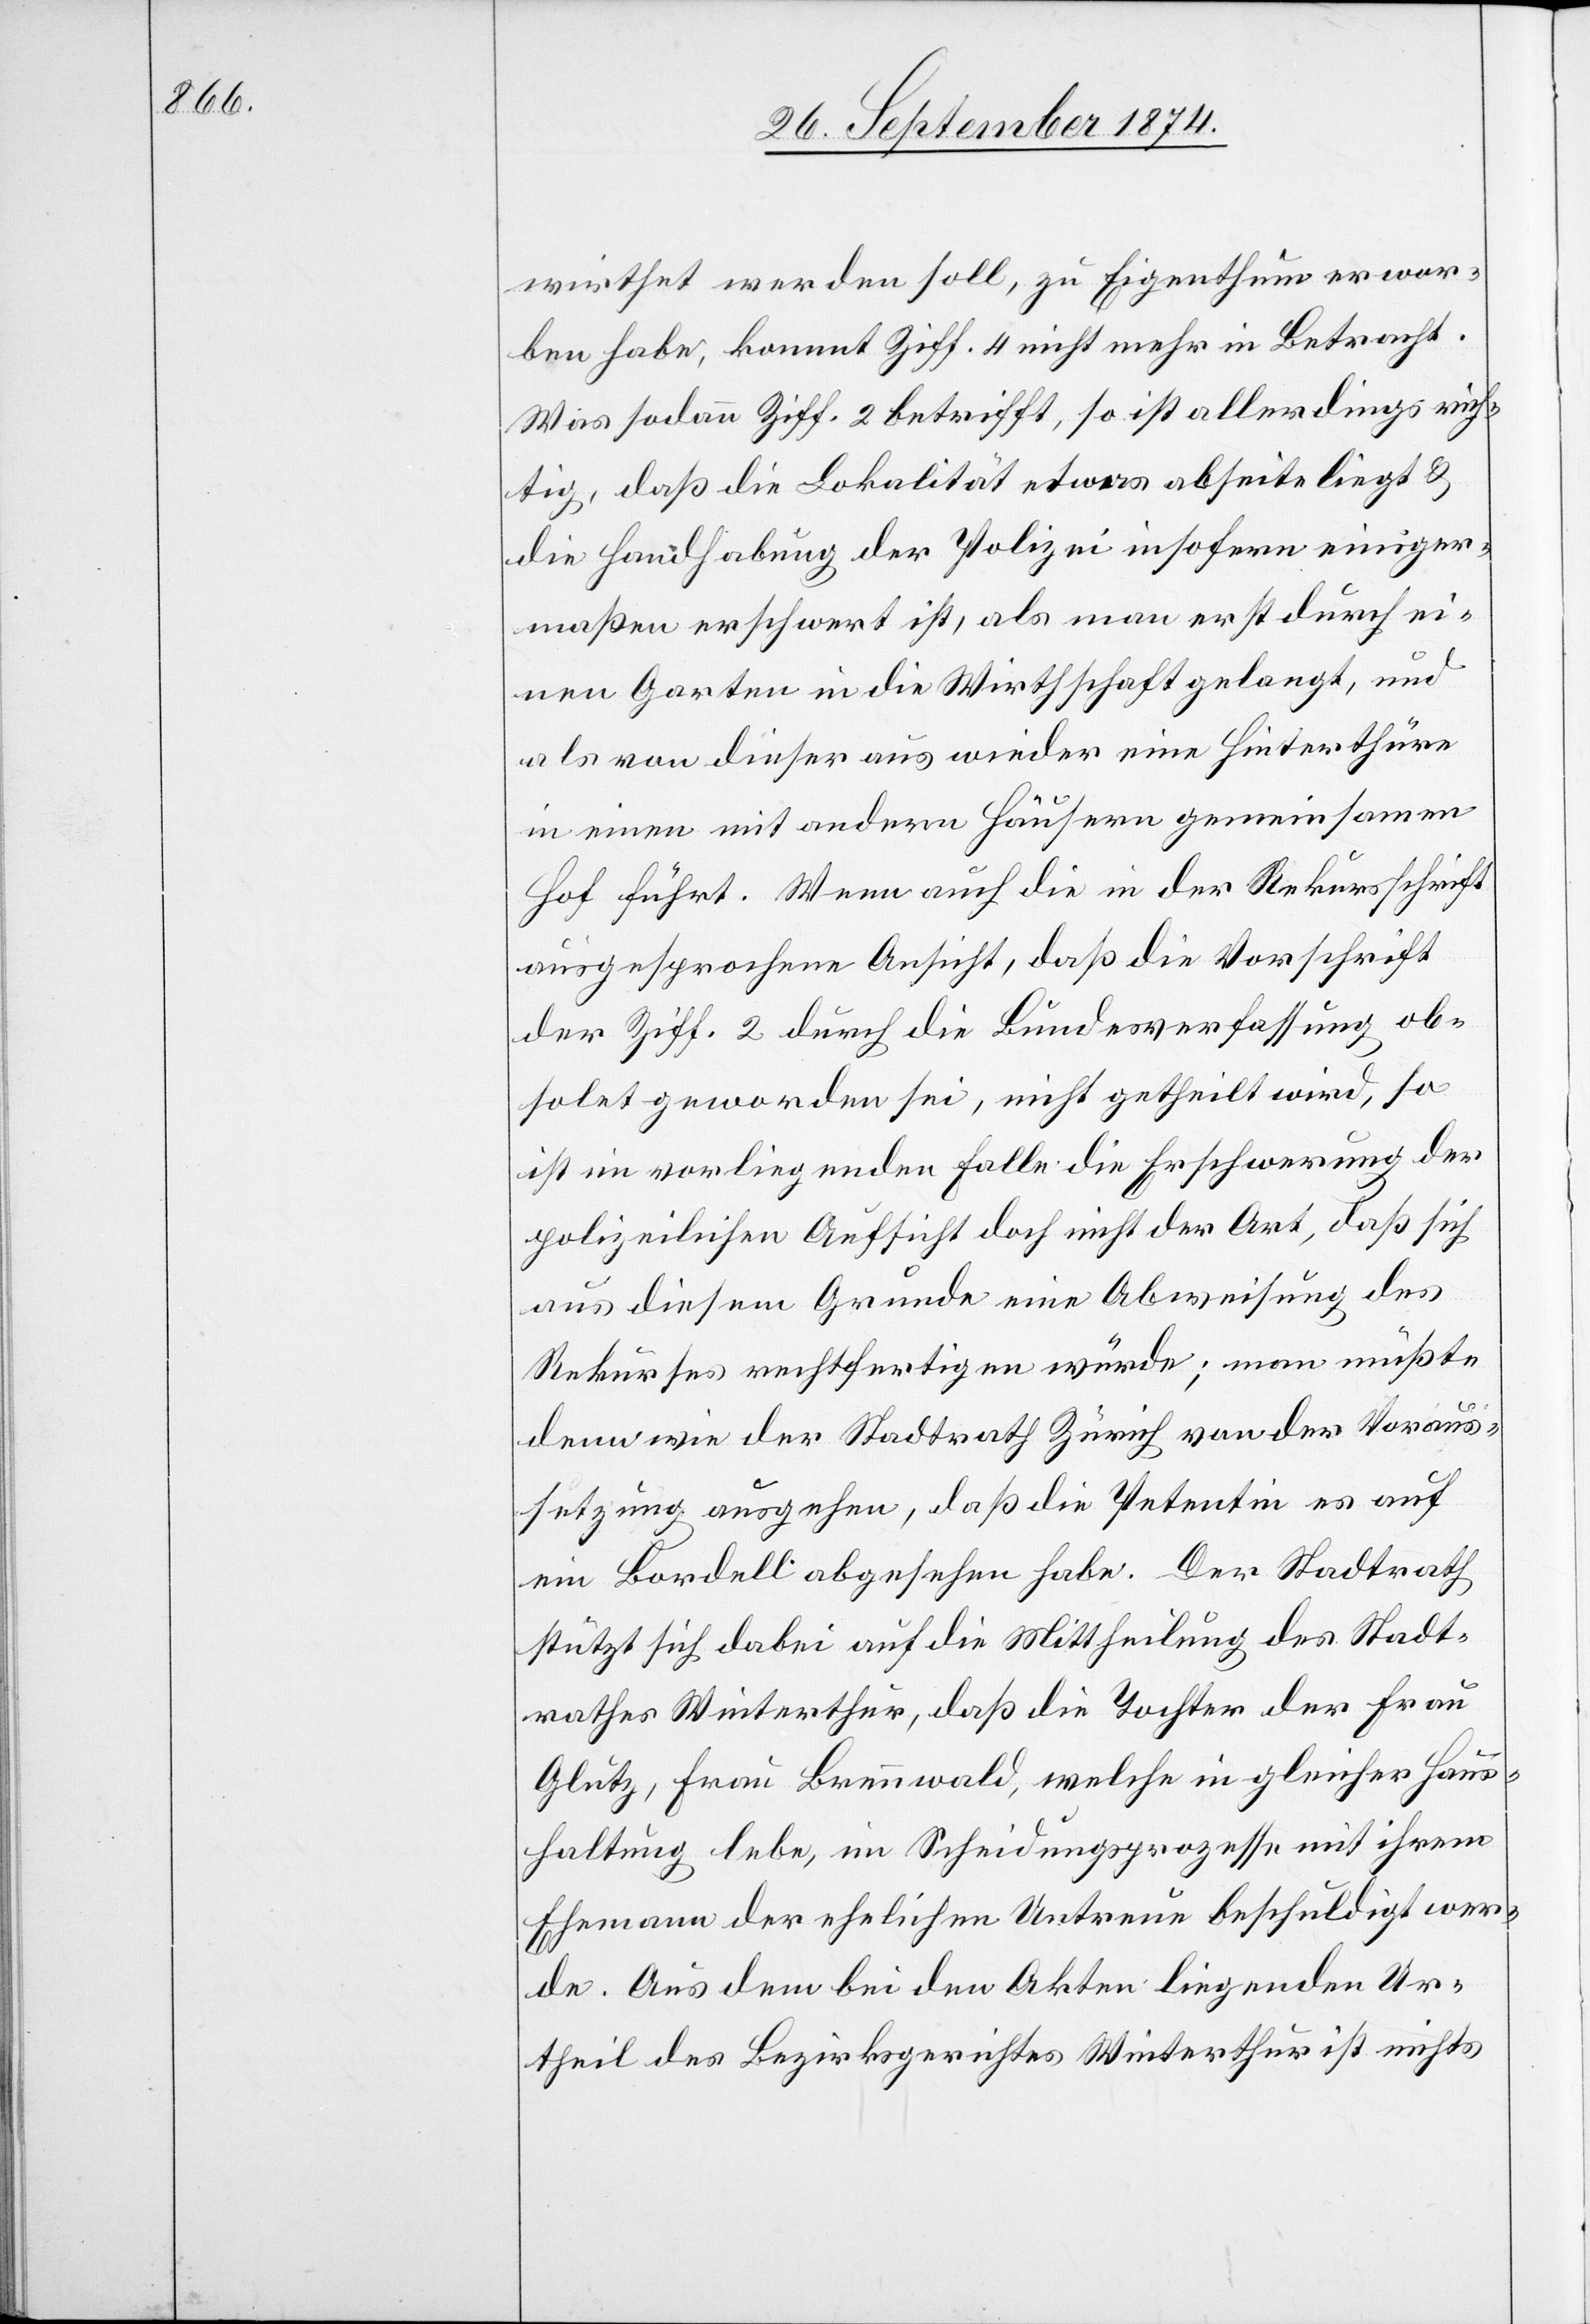
wirthet werden soll, zu Eigenthum erwor¬
ben habe, kommt Ziff. 4 nicht mehr in Betracht.
Was sodann Ziff. 2 betrifft, so ist allerdings rich¬
tig, daß die Lokalität etwas abseits liegt &
die Handhabung der Polizei insofern einiger¬
maßen erschwert ist, als man erst durch ei¬
nen Garten in die Wirthschaft gelangt, und
als von dieser aus wieder eine Hinterthüre
in einen mit andern Häusern gemeinsamen
Hof führt. Wenn auch die in der Rekursschrift
ausgesprochene Ansicht, daß die Vorschrift
der Ziff. 2 durch die Bundesverfassung ob¬
solet geworden sei, nicht getheilt wird, so
ist im vorliegenden Falle die Erschwerung der
polizeilichen Aufsicht doch nicht der Art, daß sich
aus diesem Grunde eine Abweisung des
Rekurses rechtfertigen würde; man müßte
denn wie der Stadtrath Zürich von der Voraus¬
setzung ausgehen, daß die Petentin es auf
ein Bordell abgesehen habe. Der Stadtrath
stützt sich dabei auf die Mittheilung des Stadt¬
rathes Winterthur, daß die Tochter der Frau
Glutz, Frau Brennwald, welche in gleicher Haus¬
haltung lebe, im Scheidungsprozesse mit ihrem
Ehemann der ehelichen Untreue beschuldigt wer¬
de. Aus dem bei den Akten liegenden Ur¬
theil des Bezirksgerichtes Winterthur ist nichts